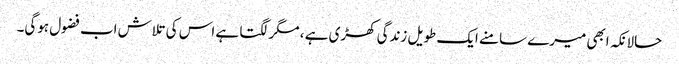
حالانکہ ابھی میرے سامنے ایک طویل زندگی کھڑی ہے ، مگر لگتا ہے اس کی تلاش اب فضول ہوگی۔